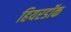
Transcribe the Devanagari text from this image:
हियरडॉक